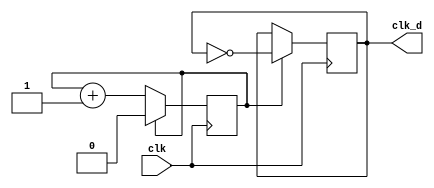
`timescale 1ns / 1ps

module clk_div(clk, clk_d);
parameter div_value = 1;
input clk;
output clk_d;
reg clk_d; 
reg count;
initial
begin
clk_d = 0;
count = 0;
end
always @(posedge clk) 
begin
if (count ==div_value)
count <= 0; // reset count 
else
count <= count + 1; // count up
end
always @(posedge clk) 
begin
if (count == div_value)
clk_d <= ~ clk_d;   //toggle 
end
endmodule